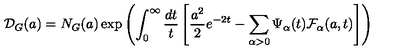
\mathcal { D } _ { G } ( a ) = N _ { G } ( a ) \exp \left( \int _ { 0 } ^ { \infty } \frac { d t } { t } \left[ \frac { a ^ { 2 } } { 2 } e ^ { - 2 t } - \sum _ { \alpha > 0 } \Psi _ { \alpha } ( t ) \mathcal { F } _ { \alpha } ( a , t ) \right] \right)